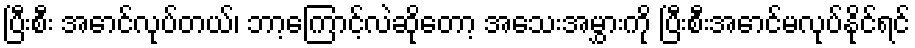
ပြီးစီး အောင်လုပ်တယ်၊ ဘာ့ကြောင့်လဲဆိုတော့ အသေးအမွှားကို ပြီးစီးအောင်မလုပ်နိုင်ရင်